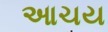
આચય